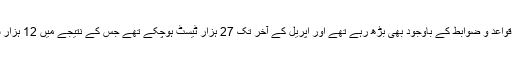
مگر کورونا کے کیس اس قدر سخت قواعد و ضوابط کے باوجود بھی بڑھ رہے تھے اور اپریل کے آخر تک 27 ہزار ٹیسٹ ہوچکے تھے جس کے نتیجے میں 12 ہزار سے زائد مریض سامنے آچکے تھے۔